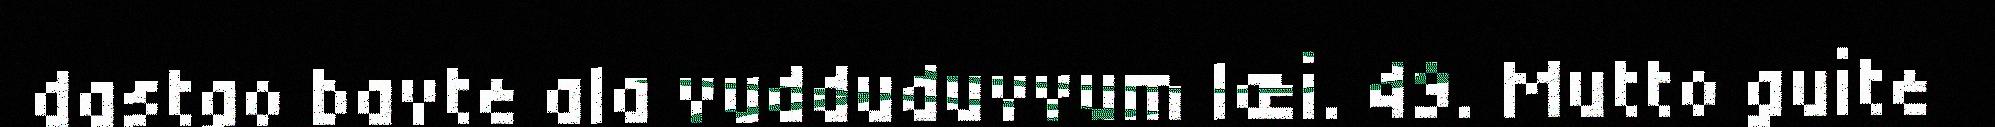
dastgo bavte ala vudduduvvum læi. 49. Mutto guite